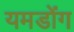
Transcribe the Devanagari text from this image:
यमडोंग